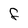
Character: F